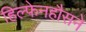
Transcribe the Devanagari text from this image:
हिल्फेनहौसने